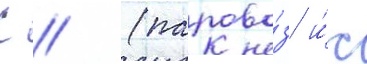
С // (парово́з и́с